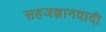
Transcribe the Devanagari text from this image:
सहजज्ञानवादी